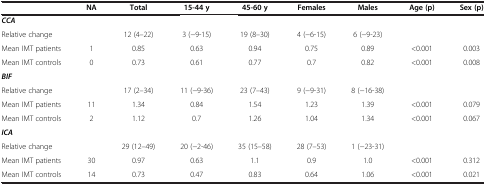
|  | NA | Total | 15-44 y | 45-60 y | Females | Males | Age (p) | Sex (p) |
 | --- | --- | --- | --- | --- | --- | --- | --- | --- |
 | CCA |  |  |  |  |  |  |  |  |
 | Relative change |  | 12 (4–22) | 3 (−9-15) | 19 (8–30) | 4 (−6-15) | 6 (−9-23) |  |  |
 | Mean IMT patients | 1 | 0.85 | 0.63 | 0.94 | 0.75 | 0.89 | <0.001 | 0.003 |
 | Mean IMT controls | 0 | 0.73 | 0.61 | 0.77 | 0.7 | 0.82 | <0.001 | 0.008 |
 | BIF |  |  |  |  |  |  |  |  |
 | Relative change |  | 17 (2–34) | 11 (−9-36) | 23 (7–43) | 9 (−9-31) | 8 (−16-38) |  |  |
 | Mean IMT patients | 11 | 1.34 | 0.84 | 1.54 | 1.23 | 1.39 | <0.001 | 0.079 |
 | Mean IMT controls | 2 | 1.12 | 0.7 | 1.26 | 1.04 | 1.34 | <0.001 | 0.067 |
 | ICA |  |  |  |  |  |  |  |  |
 | Relative change |  | 29 (12–49) | 20 (−2-46) | 35 (15–58) | 28 (7–53) | 1 (−23-31) |  |  |
 | Mean IMT patients | 30 | 0.97 | 0.63 | 1.1 | 0.9 | 1.0 | <0.001 | 0.312 |
 | Mean IMT controls | 14 | 0.73 | 0.47 | 0.83 | 0.64 | 1.06 | <0.001 | 0.021 |